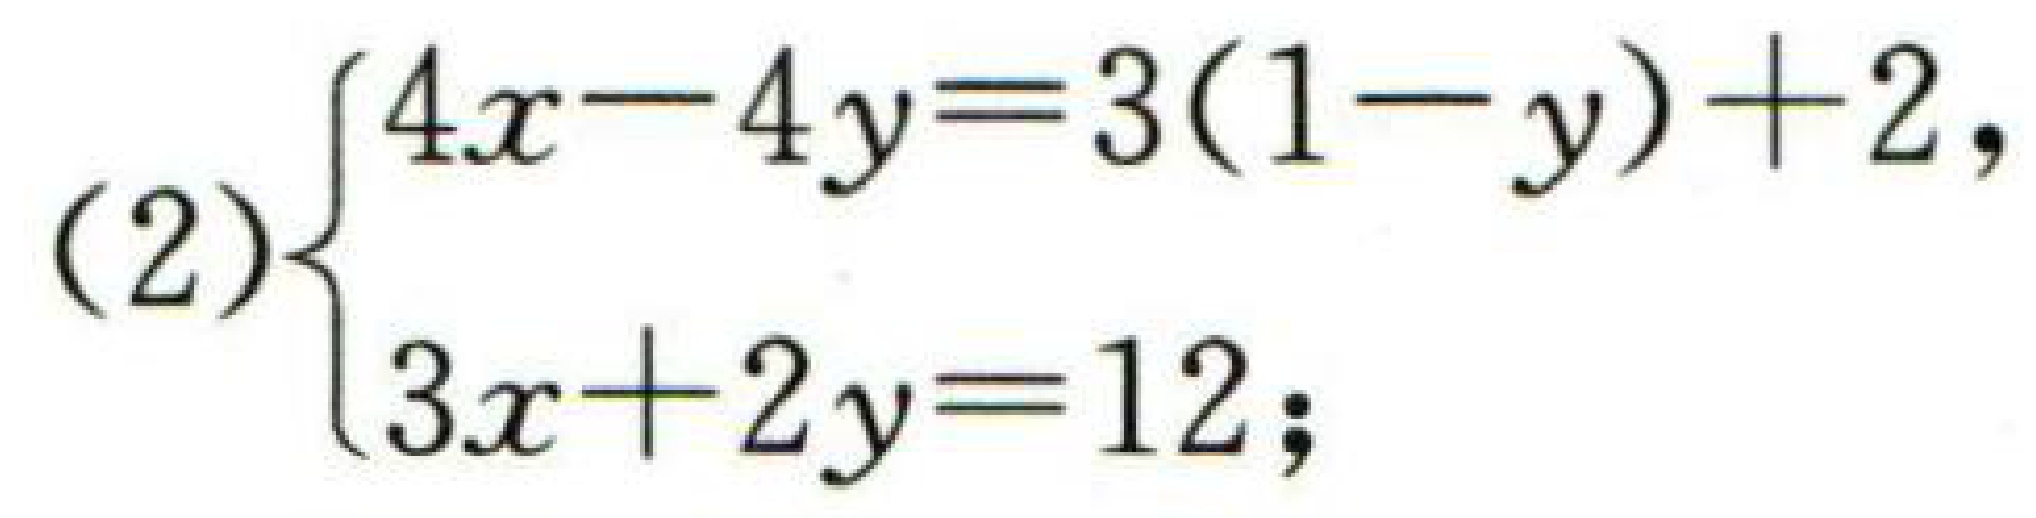
(2)$\begin{cases}4x - 4y = 3(1 - y)+2,\\3x + 2y = 12;\end{cases}$